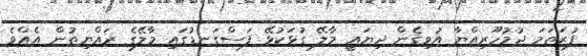
ފުރަތަމަ ޖުމުހޫރިއްޔާ އުވިގެން ދިޔައީ މާލޭ ގުޅަކުޅޭ ފަސްގަނޑުގައި މާލޭގެ ރައްޔިތުން އެއްވެ